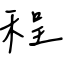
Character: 程